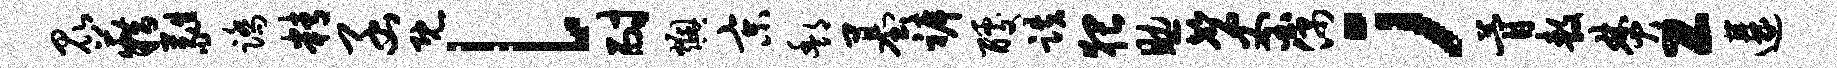
昆籍蕤踏精函既l耐燠京酆墓裤醵跌猥助磬釜偶；瞢敖焚工遘